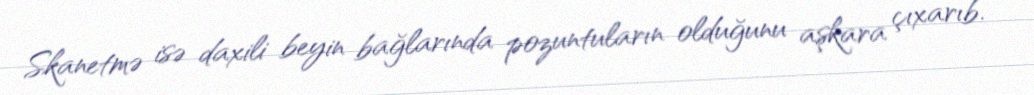
Skanetmə isə daxili beyin bağlarında pozuntuların olduğunu aşkara çıxarıb.